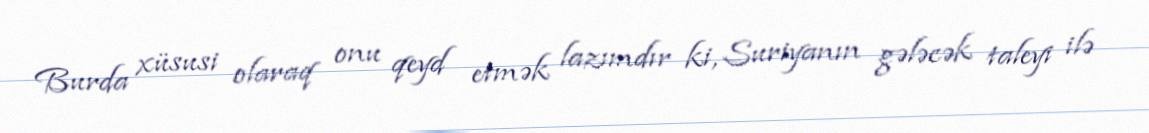
Burda xüsusi olaraq onu qeyd etmək lazımdır ki, Suriyanın gələcək taleyi ilə